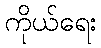
ကိုယ်ရေး